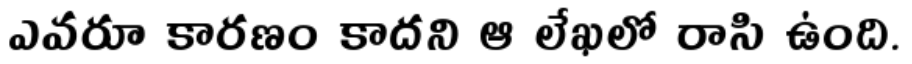
ఎవరూ కారణం కాదని ఆ లేఖలో రాసి ఉంది.